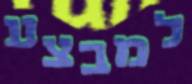
למבצע